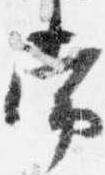
常